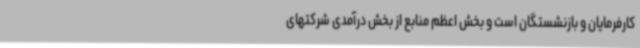
کارفرمایان و بازنشستگان است و بخش اعظم منابع از بخش درآمدی شرکتهای